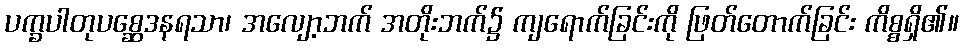
ပက္ခပါတုပစ္ဆေဒနရသာ၊ အလျော့ဘက် အတိုးဘက်၌ ကျရောက်ခြင်းကို ဖြတ်တောက်ခြင်း ကိစ္စရှိ၏။